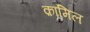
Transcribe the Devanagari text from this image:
क़ामिल